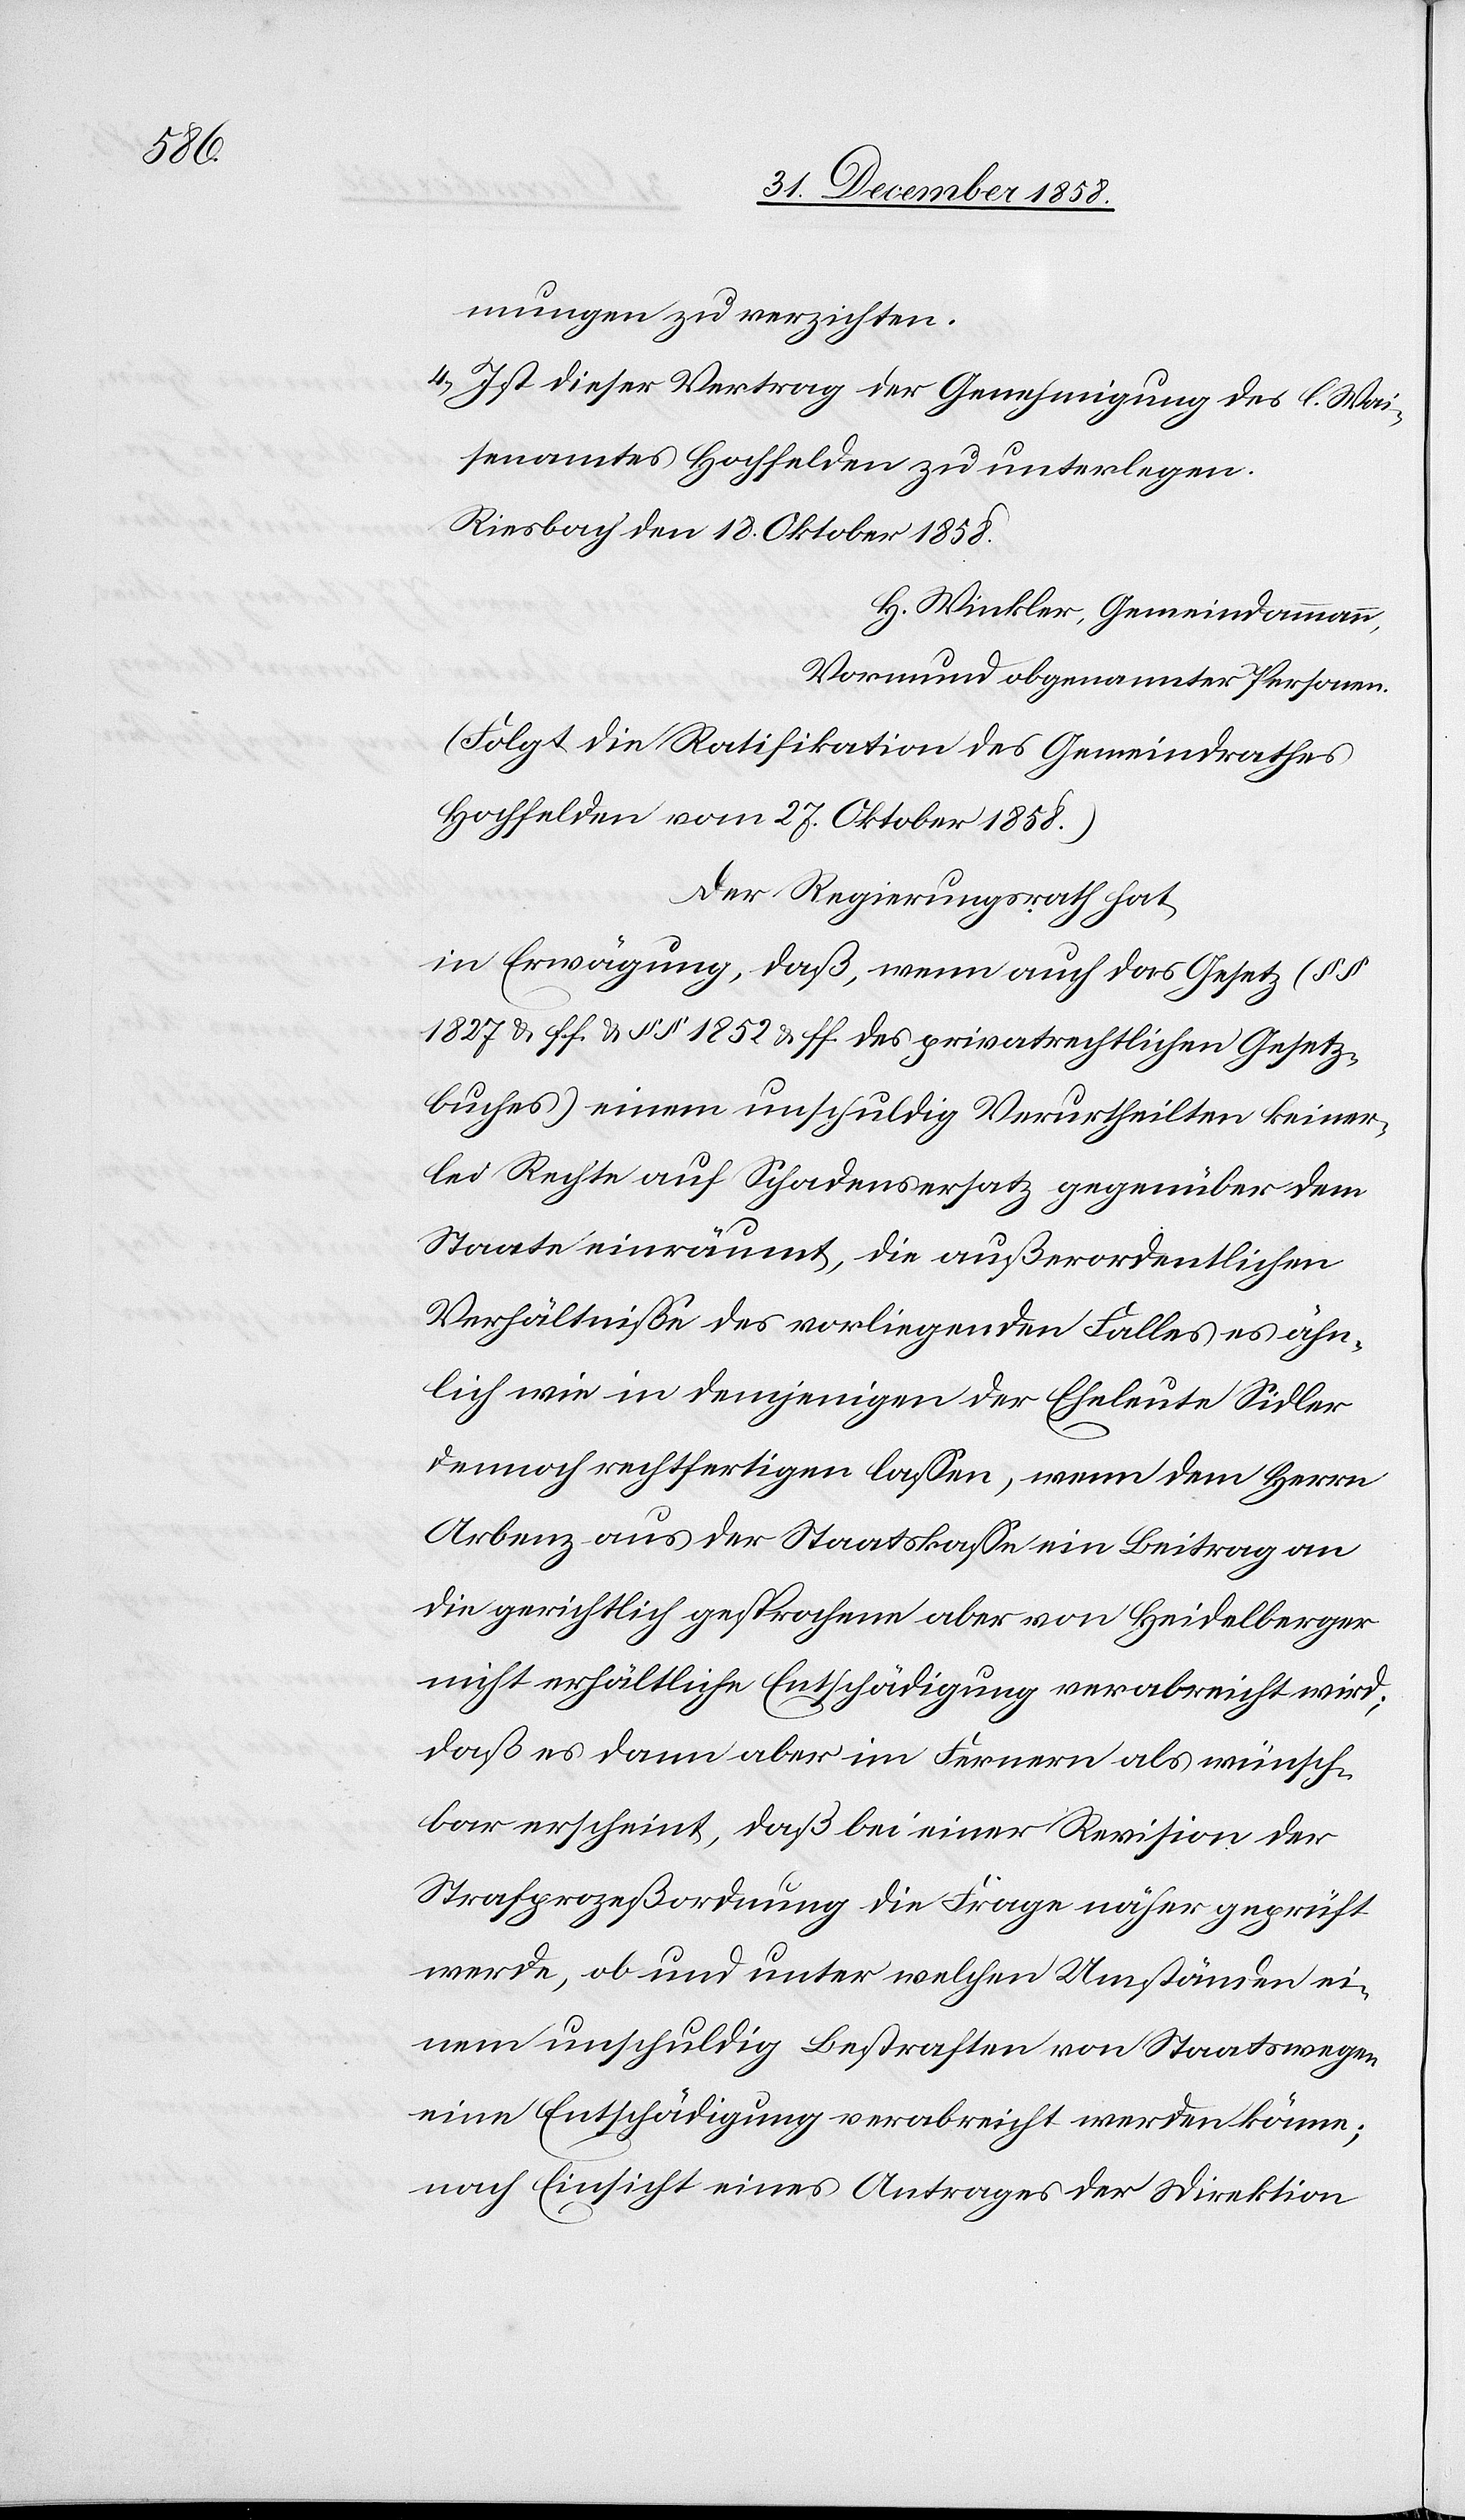
habe.

21. Dezember 1852
der Regierungsrath
nach Einsicht eines Antrages der Direktion